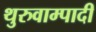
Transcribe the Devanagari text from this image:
थुरुवाम्पादी